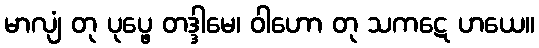
မာလျံ တု ပုပ္ဖေ တဒ္ဒါမေ၊ ဝါဟော တု သကဋေ ဟယေ။